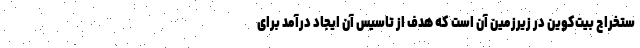
ستخراج بیت‌کوین در زیرزمین آن است که هدف از تاسیس آن ایجاد درآمد برای